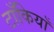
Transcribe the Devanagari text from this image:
टाँकियाँ